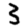
Digit: 3